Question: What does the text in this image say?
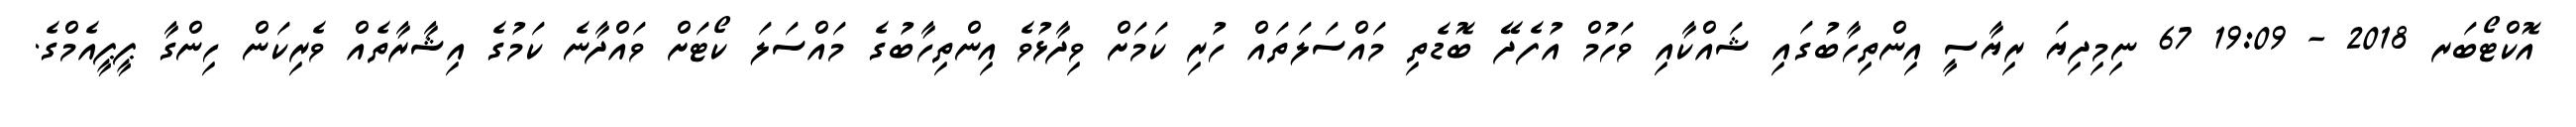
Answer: އޮކްޓޯބަރ 2018 - 19:09 67 ނިމިދިޔަ ރިޔާސީ އިންތިހާބުގައި ޝައްކާއި ވަހުމް އުފެދޭ ބޮޑެތި މައްސަލަތައް ހުރި ކަމަށް ވިދާޅުވެ އިންތިހާބުގެ މައްސަލަ ކޯޓަށް ވައްދާނެ ކަމުގެ އިޝާރާތެއް ވެރިކަން ހިންގާ ޕީޕީއެމްގެ.